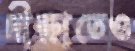
দীক্ষাতেও